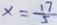
x = \frac { 1 7 } { 5 }